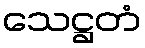
သေဋ္ဌတံ